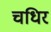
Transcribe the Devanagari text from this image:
चधिर